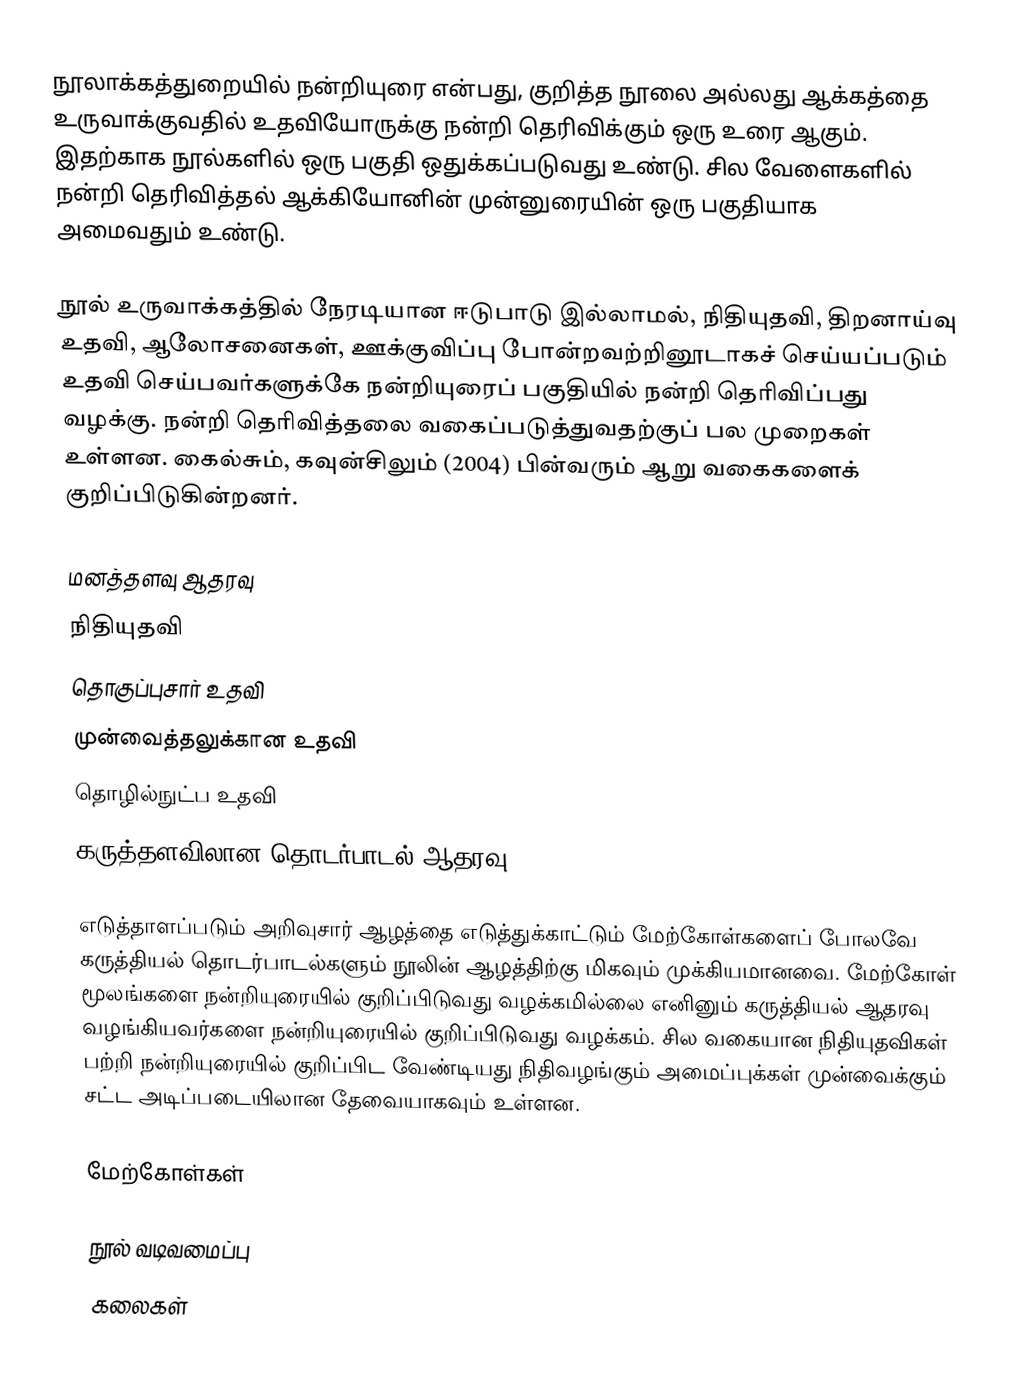
நூலாக்கத்துறையில் நன்றியுரை என்பது, குறித்த நூலை அல்லது ஆக்கத்தை உருவாக்குவதில் உதவியோருக்கு நன்றி தெரிவிக்கும் ஒரு உரை ஆகும். இதற்காக நூல்களில் ஒரு பகுதி ஒதுக்கப்படுவது உண்டு. சில வேளைகளில் நன்றி தெரிவித்தல் ஆக்கியோனின் முன்னுரையின் ஒரு பகுதியாக அமைவதும் உண்டு.

நூல் உருவாக்கத்தில் நேரடியான ஈடுபாடு இல்லாமல், நிதியுதவி, திறனாய்வு உதவி, ஆலோசனைகள், ஊக்குவிப்பு போன்றவற்றினூடாகச் செய்யப்படும் உதவி செய்பவர்களுக்கே நன்றியுரைப் பகுதியில் நன்றி தெரிவிப்பது வழக்கு. நன்றி தெரிவித்தலை வகைப்படுத்துவதற்குப் பல முறைகள் உள்ளன. கைல்சும், கவுன்சிலும் (2004) பின்வரும் ஆறு வகைகளைக் குறிப்பிடுகின்றனர்.

 மனத்தளவு ஆதரவு
 நிதியுதவி
 தொகுப்புசார் உதவி
 முன்வைத்தலுக்கான உதவி
 தொழில்நுட்ப உதவி
 கருத்தளவிலான தொடர்பாடல் ஆதரவு

எடுத்தாளப்படும் அறிவுசார் ஆழத்தை எடுத்துக்காட்டும் மேற்கோள்களைப் போலவே கருத்தியல் தொடர்பாடல்களும் நூலின் ஆழத்திற்கு மிகவும் முக்கியமானவை. மேற்கோள் மூலங்களை நன்றியுரையில் குறிப்பிடுவது வழக்கமில்லை எனினும் கருத்தியல் ஆதரவு வழங்கியவர்களை நன்றியுரையில் குறிப்பிடுவது வழக்கம். சில வகையான நிதியுதவிகள் பற்றி நன்றியுரையில் குறிப்பிட வேண்டியது நிதிவழங்கும் அமைப்புக்கள் முன்வைக்கும் சட்ட அடிப்படையிலான தேவையாகவும் உள்ளன.

மேற்கோள்கள்

நூல் வடிவமைப்பு
கலைகள்